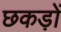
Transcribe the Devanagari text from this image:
छकड़ों